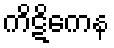
ကိဋိကေန